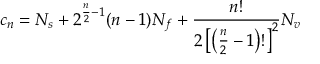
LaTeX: c _ { n } = N _ { s } + 2 ^ { { \frac { n } { 2 } } - 1 } ( n - 1 ) N _ { f } + { \frac { n ! } { 2 \left[ \left( { \frac { n } { 2 } } - 1 \right) ! \right] ^ { 2 } } } N _ { v }